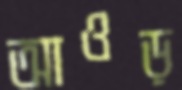
আওড়